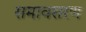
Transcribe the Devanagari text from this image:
समावसरण